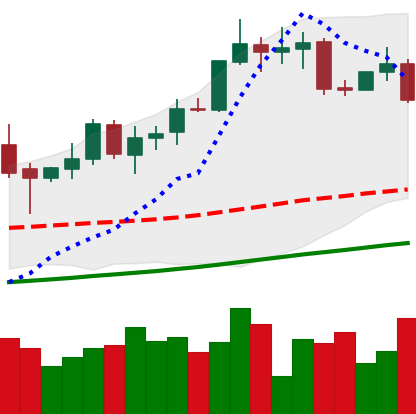
Ticker: XMR-USD
Chart end date: 2020-10-20
Forward return: 10.898%
Label: up_7plus